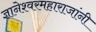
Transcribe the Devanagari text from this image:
ज्ञानेश्वरमहाराजांनी